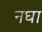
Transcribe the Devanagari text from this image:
नघा